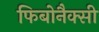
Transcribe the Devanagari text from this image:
फिबोनैक्सी